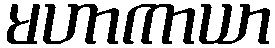
မဟာကာယာ